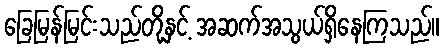
ခြေမြန်မြင်းသည်တို့နှင့် အဆက်အသွယ်ရှိနေကြသည်။